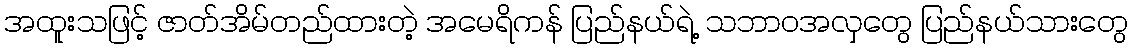
အထူးသဖြင့် ဇာတ်အိမ်တည်ထားတဲ့ အမေရိကန် ပြည်နယ်ရဲ့ သဘာဝအလှတွေ ပြည်နယ်သားတွေ